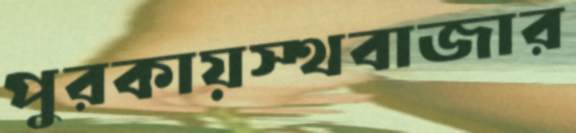
পুরকায়স্থবাজার